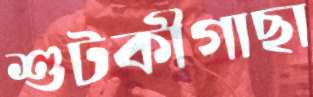
শুটকীগাছা